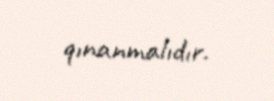
qınanmalıdır.